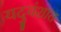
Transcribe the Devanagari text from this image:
यदुवंशात